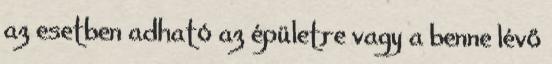
az esetben adható az épületre vagy a benne lévő